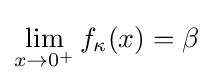
\lim _{x\to 0^{+}}f_{\kappa }(x)=\beta